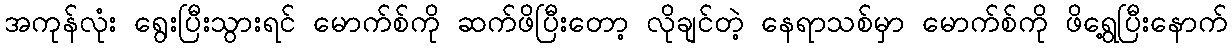
အကုန်လုံး ရွေးပြီးသွားရင် မောက်စ်ကို ဆက်ဖိပြီးတော့ လိုချင်တဲ့ နေရာသစ်မှာ မောက်စ်ကို ဖိရွေ့ပြီးနောက်